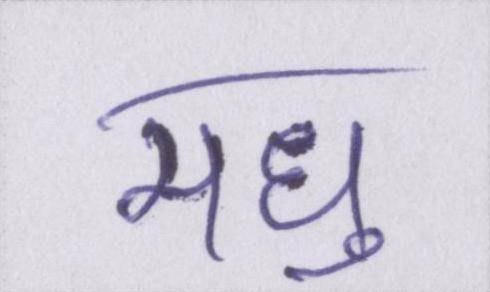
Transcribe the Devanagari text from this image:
मधु